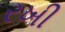
રખી